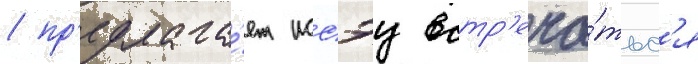
/ пр'едлага́ет иссэу встр'еча́тьс'я